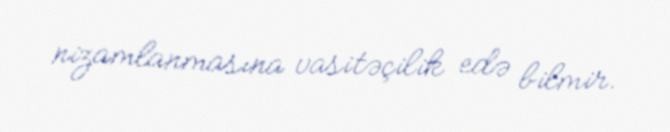
nizamlanmasına vasitəçilik edə bilmir.